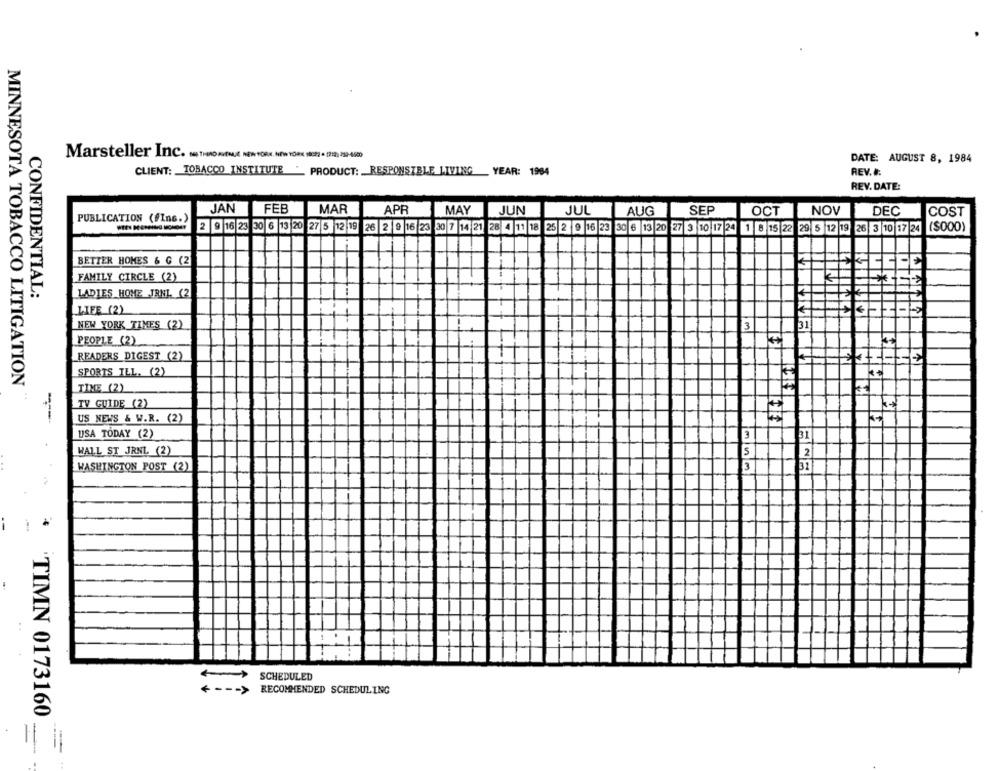
Marsteller Inc. THRO AVENUE NEW YORK, NEW YORK 10091 - 1218) 289-0100
DATE: AUGUST 8, 1984
CLIENT: TOBACCO INSTITUTE "
PRODUCT: RESPONSIBLE LIVING YEAR: 1984
REV. B.
REV. DATE:
JAN
FEB
MAR
APR
MAY JUN
JUL
AUG
SEP
OCT
NOV
DEC
COST
PUBLICATION (#Ins.)
2 9 16 23 30 6 13 20 27 5 12 19 26 2 9 16 23 30 7 14 21 28 4 11 18 25 2 9 16 23 30 6 13 20 27 3 10 17 24 1 8 15 22 29 5 12 19 26 3 10 17 24
($000)
BETTER HOMES & G (2
FAMILY CIRCLE (2)
LADIES HOME JRNL (2
CONFIDENTIAL:
LIFE (2)
NEW YORK TIMES (2)
3
31
PEOPLE (2)
READERS DIGEST (2)
SPORTS ILL. (2)
MINNESOTA TOBACCO LITIGATION
TIME (2)
TV GUIDE (2)
US NEWS & W.R. (2)
USA TODAY (2)
3
31
--
WALL ST JRNL (2)
5
2
WASHINGTON POST (2)
SCHEDULED
+ --- >
RECOMMENDED SCHEDULING
'TIMN 0173160